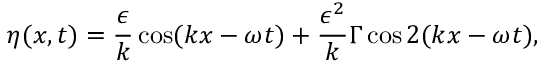
\eta ( x , t ) = \frac { \epsilon } { k } \cos ( k x - \omega t ) + \frac { \epsilon ^ { 2 } } { k } \Gamma \cos 2 ( k x - \omega t ) ,